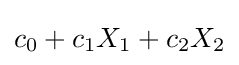
c_{0}+c_{1}X_{1}+c_{2}X_{2}